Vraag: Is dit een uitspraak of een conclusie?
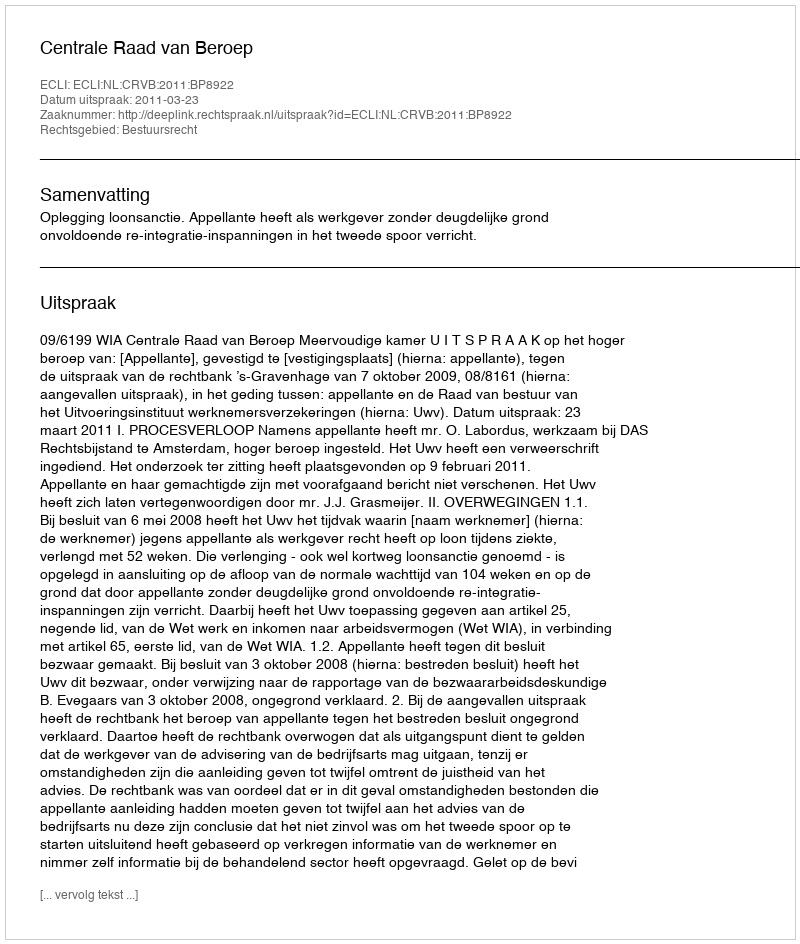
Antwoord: Uitspraak